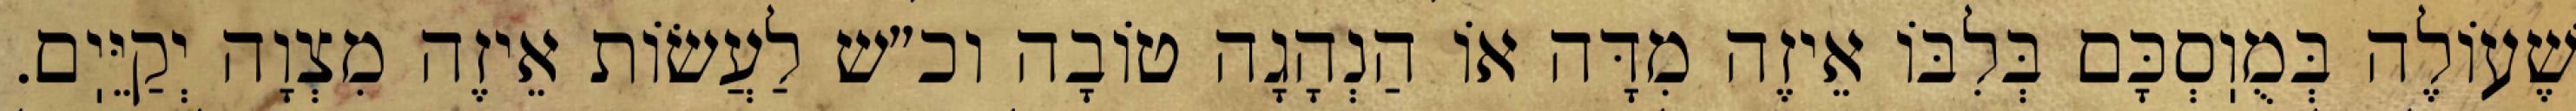
שֶׁעוֹלֶה בְּמֻוֽסְכָּם בְּלִבּוֹ אֵיזֶה מִדָּה אוֹ הַנְהָגָה טוֹבָה וכ״ש לַעֲשׂוֹת אֵיזֶה מִצְוָה יְקַיֵּיֽם.